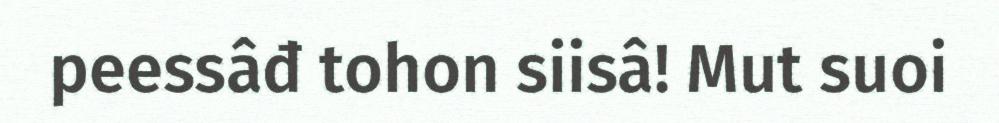
peessâđ tohon siisâ! Mut suoi